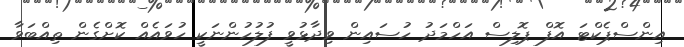
އިންސްޕެކްޓަ އޮފް ޕޮލިސް އަހްމަދު ހުސައިން ވިދާޅުވީ ފުލުހުންނަކީ ހުވައެއް ކޮށްގެން ތިއްބަވާ